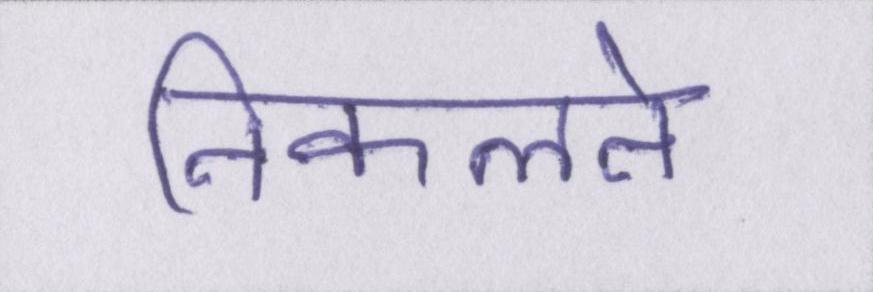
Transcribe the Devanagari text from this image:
निकलने